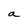
Character: a